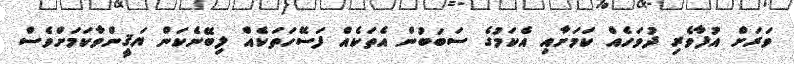
ވަރަށް އުފާވެރި ދުވަހެއް ކަމަށާއި އެކަމުގެ ސަބަބުން އެތަކެއް ފަސޭހަތަކެއް ލިބޭނެކަން ޔަޤީންވާކަމަށްވެސް